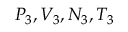
P _ { 3 } , V _ { 3 } , N _ { 3 } , T _ { 3 }